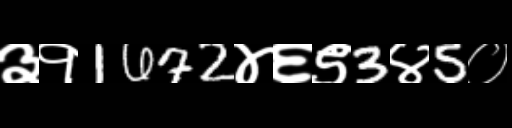
Text: ३१1672४६९3४5०